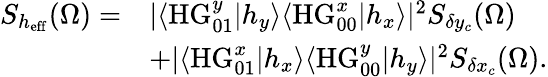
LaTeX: \begin{array}{rl}{S_{h_{\mathrm{eff}}}(\Omega)=}&{|\langle\mathrm{HG}_{01}^{y}|h_{y}\rangle\langle\mathrm{HG}_{00}^{x}|h_{x}\rangle|^{2}S_{\delta y_{c}}(\Omega)}\\ &{+|\langle\mathrm{HG}_{01}^{x}|h_{x}\rangle\langle\mathrm{HG}_{00}^{y}|h_{y}\rangle|^{2}S_{\delta x_{c}}(\Omega).}\end{array}